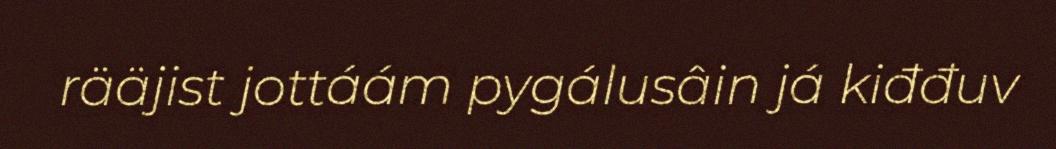
rääjist jottáám pygálusâin já kiđđuv